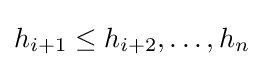
h_{i+1}\leq h_{i+2},\ldots ,h_{n}